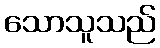
သောသူသည်